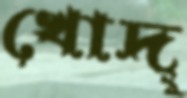
খোদ্‌